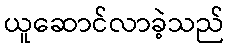
ယူဆောင်လာခဲ့သည်